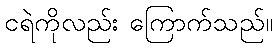
ငရဲကိုလည်း ကြောက်သည်။